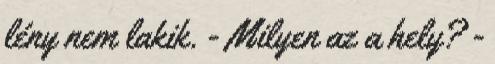
lény nem lakik. - Milyen az a hely? -